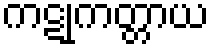
ကဋုကတ္တာယ